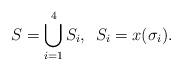
LaTeX: \begin{align*}S=\bigcup_{i=1}^4S_i,\hspace{2mm}S_i=x(\sigma_i).\end{align*}